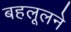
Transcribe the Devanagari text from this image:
बहलूलने